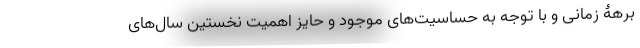
برهۀ زمانی و با توجه به حساسیت‌های موجود و حایز اهمیتِ نخستین سال‌های